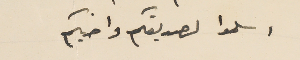
اسلموا لصديقكم واخيكم